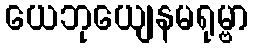
ယေဘုယျေနမရုမ္ဗာ